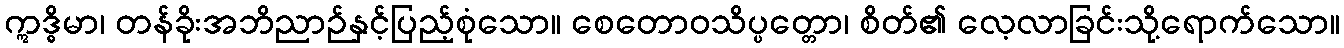
ဣဒ္ဓိမာ၊ တန်ခိုးအဘိညာဉ်နှင့်ပြည့်စုံသော။ စေတောဝသိပ္ပတ္တော၊ စိတ်၏ လေ့လာခြင်းသို့ရောက်သော။